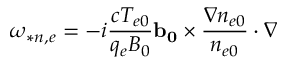
\omega _ { * n , e } = - i \frac { c T _ { e 0 } } { q _ { e } B _ { 0 } } \mathbf { b _ { 0 } } \times \frac { \nabla n _ { e 0 } } { n _ { e 0 } } \cdot \nabla